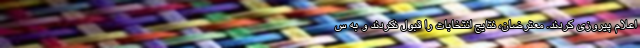
اعلام پیروزی کردند. معترضان، نتایج انتخابات را قبول نکردند و به س